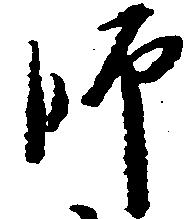
師